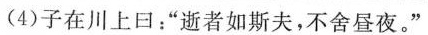
(4)子在川上口：”逝者如斯夫，不舍昼夜。”